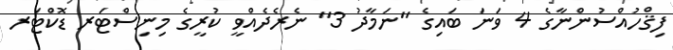
ފިޤްހުއްސުންނާގެ 4 ވަނަ ބައިގެ "ނަމާދު 3" ނެރެދެއްވީ ކުރީގެ މިނިސްޓަރ ޑޮކްޓަރ